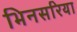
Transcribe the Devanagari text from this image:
भिनसरिया